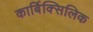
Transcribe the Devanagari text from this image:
कार्बिक्सिलिक